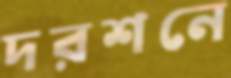
দরশনে